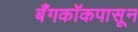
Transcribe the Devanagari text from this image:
बँगकॉकपासून